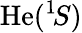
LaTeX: \mathrm{He}(^{1}\! S)